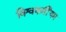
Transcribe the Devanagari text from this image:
विश्वकर्मीयम